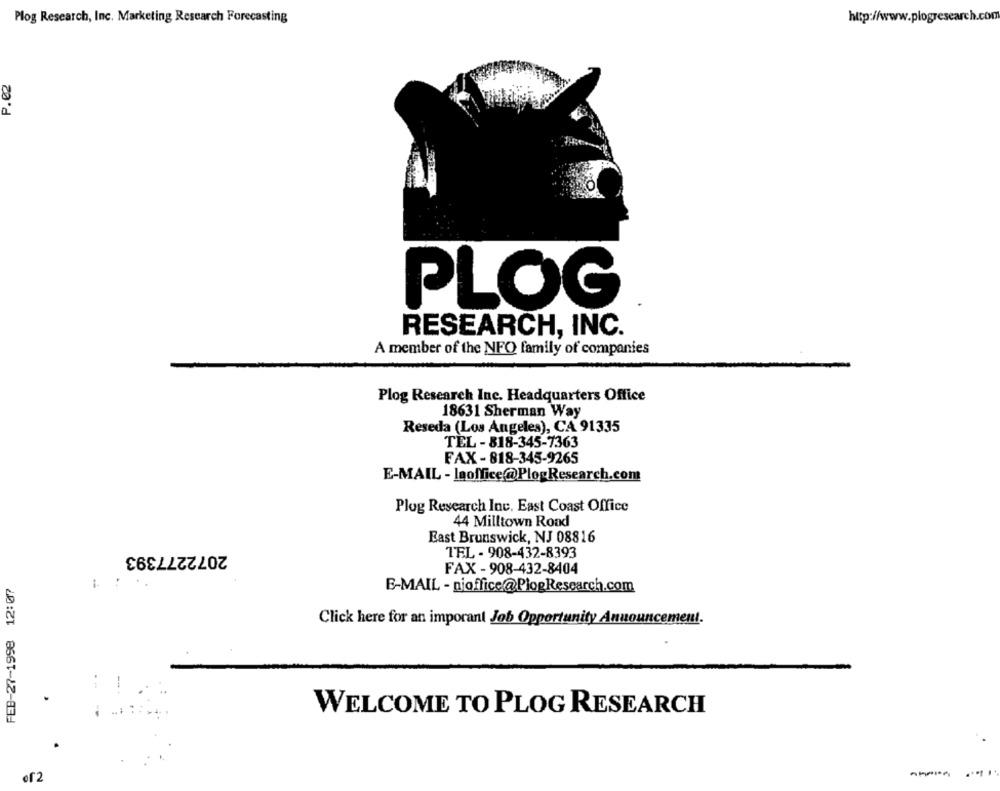
Plog Research, Inc. Marketing Research Forecasting
http://www.plogresearch.con
8
PLOG
RESEARCH, INC.
A member of the NFQ family of companies
Plog Research Inc. Headquarters Office
18631 Sherman Way
Reseda (Los Angeles), CA 91335
TEL- 818-345-7363
FAX -818-345-9265
E-MAIL - laoffice@PlogResearch.com
Plog Research Inc. East Coast Office
44 Milltown Road
East Brunswick, NJ 08816
2072277393
TEL - 908-432-8393
FAX - 908-432-8404
FEB-27-1998 12:07
E-MAIL - njoffice@PlogResearch.com
Click here for an imporant Job Opportunity Announcement.
WELCOME TO PLOG RESEARCH
of2